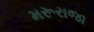
મરૂરાજા